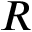
R